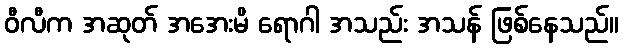
ဝီလီက အဆုတ် အအေးမိ ရောဂါ အသည်း အသန် ဖြစ်နေသည်။